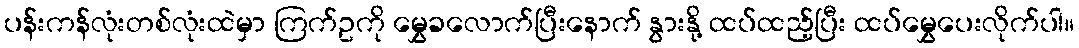
ပန်းကန်လုံးတစ်လုံးထဲမှာ ကြက်ဥကို မွှေခလောက်ပြီးနောက် နွားနို့ ထပ်ထည့်ပြီး ထပ်မွှေပေးလိုက်ပါ။